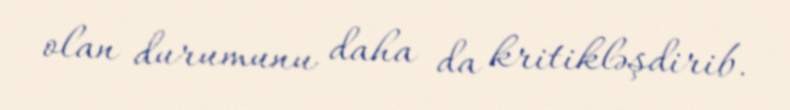
olan durumunu daha da kritikləşdirib.